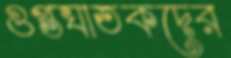
গুপ্তঘাতকদের